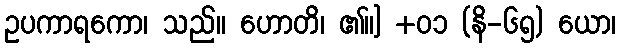
ဥပကာရကော၊ သည်။ ဟောတိ၊ ၏။] +၀၁ (နိ-၆၅) ယော၊